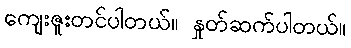
ကျေးဇူးတင်ပါတယ်။ နှုတ်ဆက်ပါတယ်။